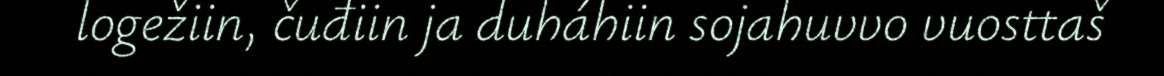
logežiin, čuđiin ja duháhiin sojahuvvo vuosttaš